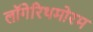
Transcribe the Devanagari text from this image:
लॉगेरिथमोरम